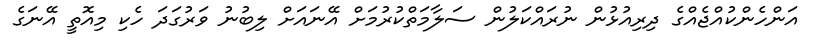
އަންހެންކުއްޖެއްގެ ދިރިއުޅުން ނުރައްކަލުން ސަލާމަތްކުރުމަށް އޭނައަށް ލިބުނު ވަރުގަދަ ހެކި މިއޮތީ އޭނަގެ